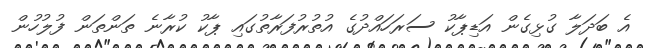
އެ ބަދަލާ ގުޅިގެން އަޑިޕާކު ސަރަހައްދުގެ އުތުރުފަރާތުގައި ޕާކު ކުރާނެ ތަންތަން ފުލުހުން